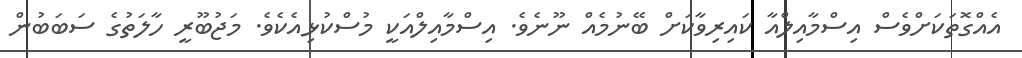
އެއްގޮތަކަށްވެސް އިސްމާއިލްއާ ކައިރިވާކަށް ބޭނުމެއް ނޫނެވެ. އިސްމާއިލްއަކީ މުސްކުޅިއެކެވެ. މަޖުބޫރީ ހާލަތުގެ ސަބަބުން